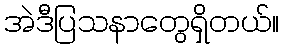
အဲဒီပြသနာတွေရှိတယ်။